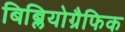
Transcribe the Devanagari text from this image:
बिब्लियोग्रैफिक